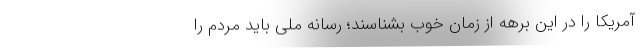
آمریکا را در این برهه از زمان خوب بشناسند؛ رسانه ملی باید مردم را